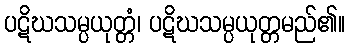
ပဋိဃသမ္ပယုတ္တံ၊ ပဋိဃသမ္ပယုတ္တမည်၏။